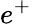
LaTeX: e^{+}